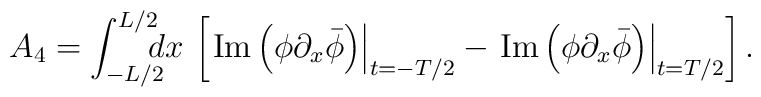
A_4 = \int_{-L/2}^{L/2}\!\!\!\! dx\,\left[ \left. {\rm Im} \left(\phi \partial_x \bar{\phi} \right) \right|_{t=-T/2} -\left. {\rm Im} \left(\phi \partial_x \bar{\phi} \right) \right|_{t=T/2}\right].